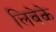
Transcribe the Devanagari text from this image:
लिवेके